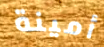
أمينة